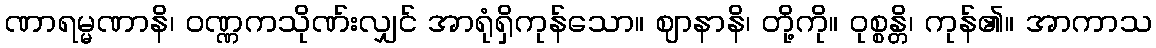
ဏာရမ္မဏာနိ၊ ဝဏ္ဏကသိုဏ်းလျှင် အာရုံရှိကုန်သော။ ဈာနာနိ၊ တို့ကို။ ဝုစ္စန္တိ၊ ကုန်၏။ အာကာသ